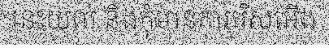
នេះយល់ និងកុំមានការរើសអើង